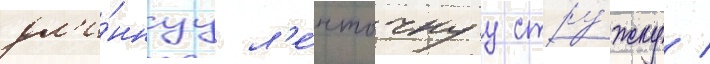
дл'и́ннуу л'е́нточнуу стру́жку /